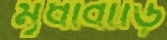
মৃধাবাড়ি